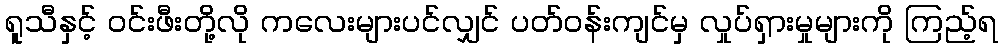
ရူသီနှင့် ဝင်းဖီးတို့လို ကလေးများပင်လျှင် ပတ်ဝန်းကျင်မှ လှုပ်ရှားမှုများကို ကြည့်ရ